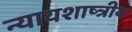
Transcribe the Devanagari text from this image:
न्यायशाष्त्रीय